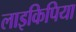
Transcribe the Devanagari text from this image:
लाइकिपिया